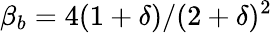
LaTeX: \beta_{b}=4(1+\delta)/(2+\delta)^{2}